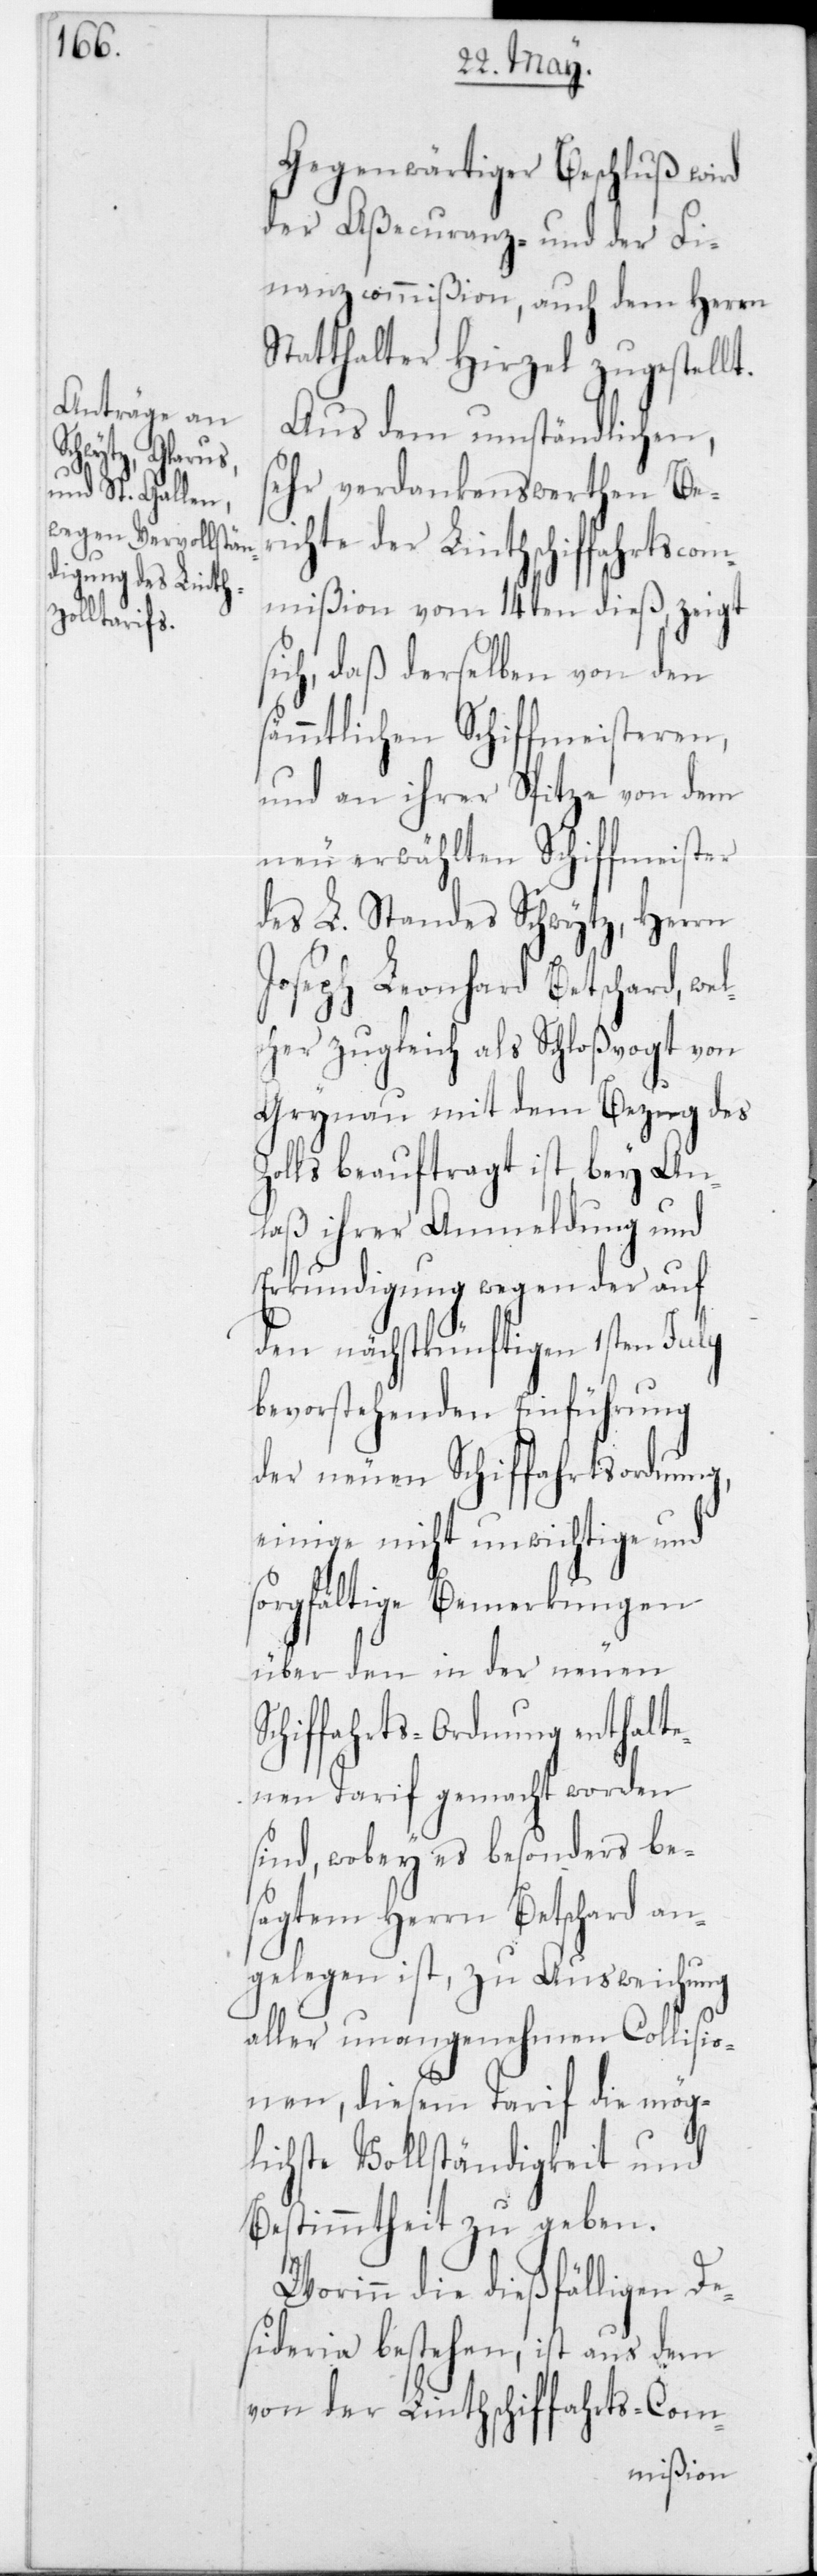
Gegenwärtiger Beschluß wird
der Aßecuranz- und der Fi¬
nanzcommißion, auch dem Herrn
Statthalter Hirzel zugestellt.
Aus dem umständlichen,
sehr verdankenswerthen Ber¬
ichte der Linthschiffahrtscom¬
mißion vom 14ten dieß, zeigt
sich, daß derselbe von den
sämmtlichen Schiffmeisteren,
und an ihrer Spitze von dem
neu erwählten Schiffmeister
des L. Standes Schwytz, Herrn
Joseph Leonhard Betschard, wel¬
cher zugleich als Schloßvogt von
Grynau mit dem Bezug des
Zolls beauftragt ist, bey An¬
laß ihrer Anmeldung und
Erkundigung wegen der auf
den nächstkünftigen 1sten July
bevorstehenden Einführung
der neuen Schiffahrtsordnung,
einige nicht unwichtige und
sorgfältige Bemerkungen
über den in der neuen
Schiffahrtsordnung enthalte¬
nen Tarif gemacht worden
sind, wobey es besonders be¬
sagtem Herrn Betschard an¬
gelegen ist, zu Ausweichung
aller unangenehmen Collisio¬
nen, diesem Tarif die mög¬
lichste Vollständigkeit und
Bestimmtheit zu geben.
Worinn die dießfälligen De¬
sideria bestehen, ist aus dem
von der Linthschiffahrts-Com-